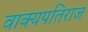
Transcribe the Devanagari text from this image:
वाक्यपतिराज